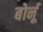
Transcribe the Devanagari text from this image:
बोर्नू